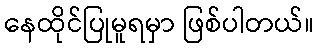
နေထိုင်ပြုမူရမှာ ဖြစ်ပါတယ်။